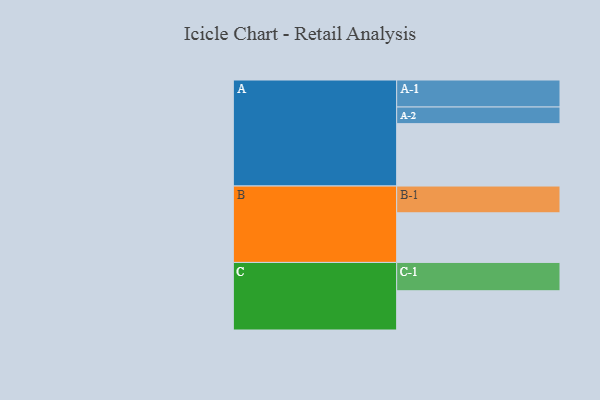
{"axis": {"x": "Segment", "y": "Value"}, "legend": ["", "A", "B", "C"], "data": [{"x": "A", "y": 566, "type": ""}, {"x": "B", "y": 450, "type": ""}, {"x": "C", "y": 356, "type": ""}, {"x": "A-1", "y": 245, "type": "A"}, {"x": "A-2", "y": 151, "type": "A"}, {"x": "B-1", "y": 243, "type": "B"}, {"x": "C-1", "y": 257, "type": "C"}]}